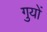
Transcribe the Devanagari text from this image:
गुयों